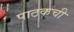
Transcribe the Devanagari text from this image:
पाठकची